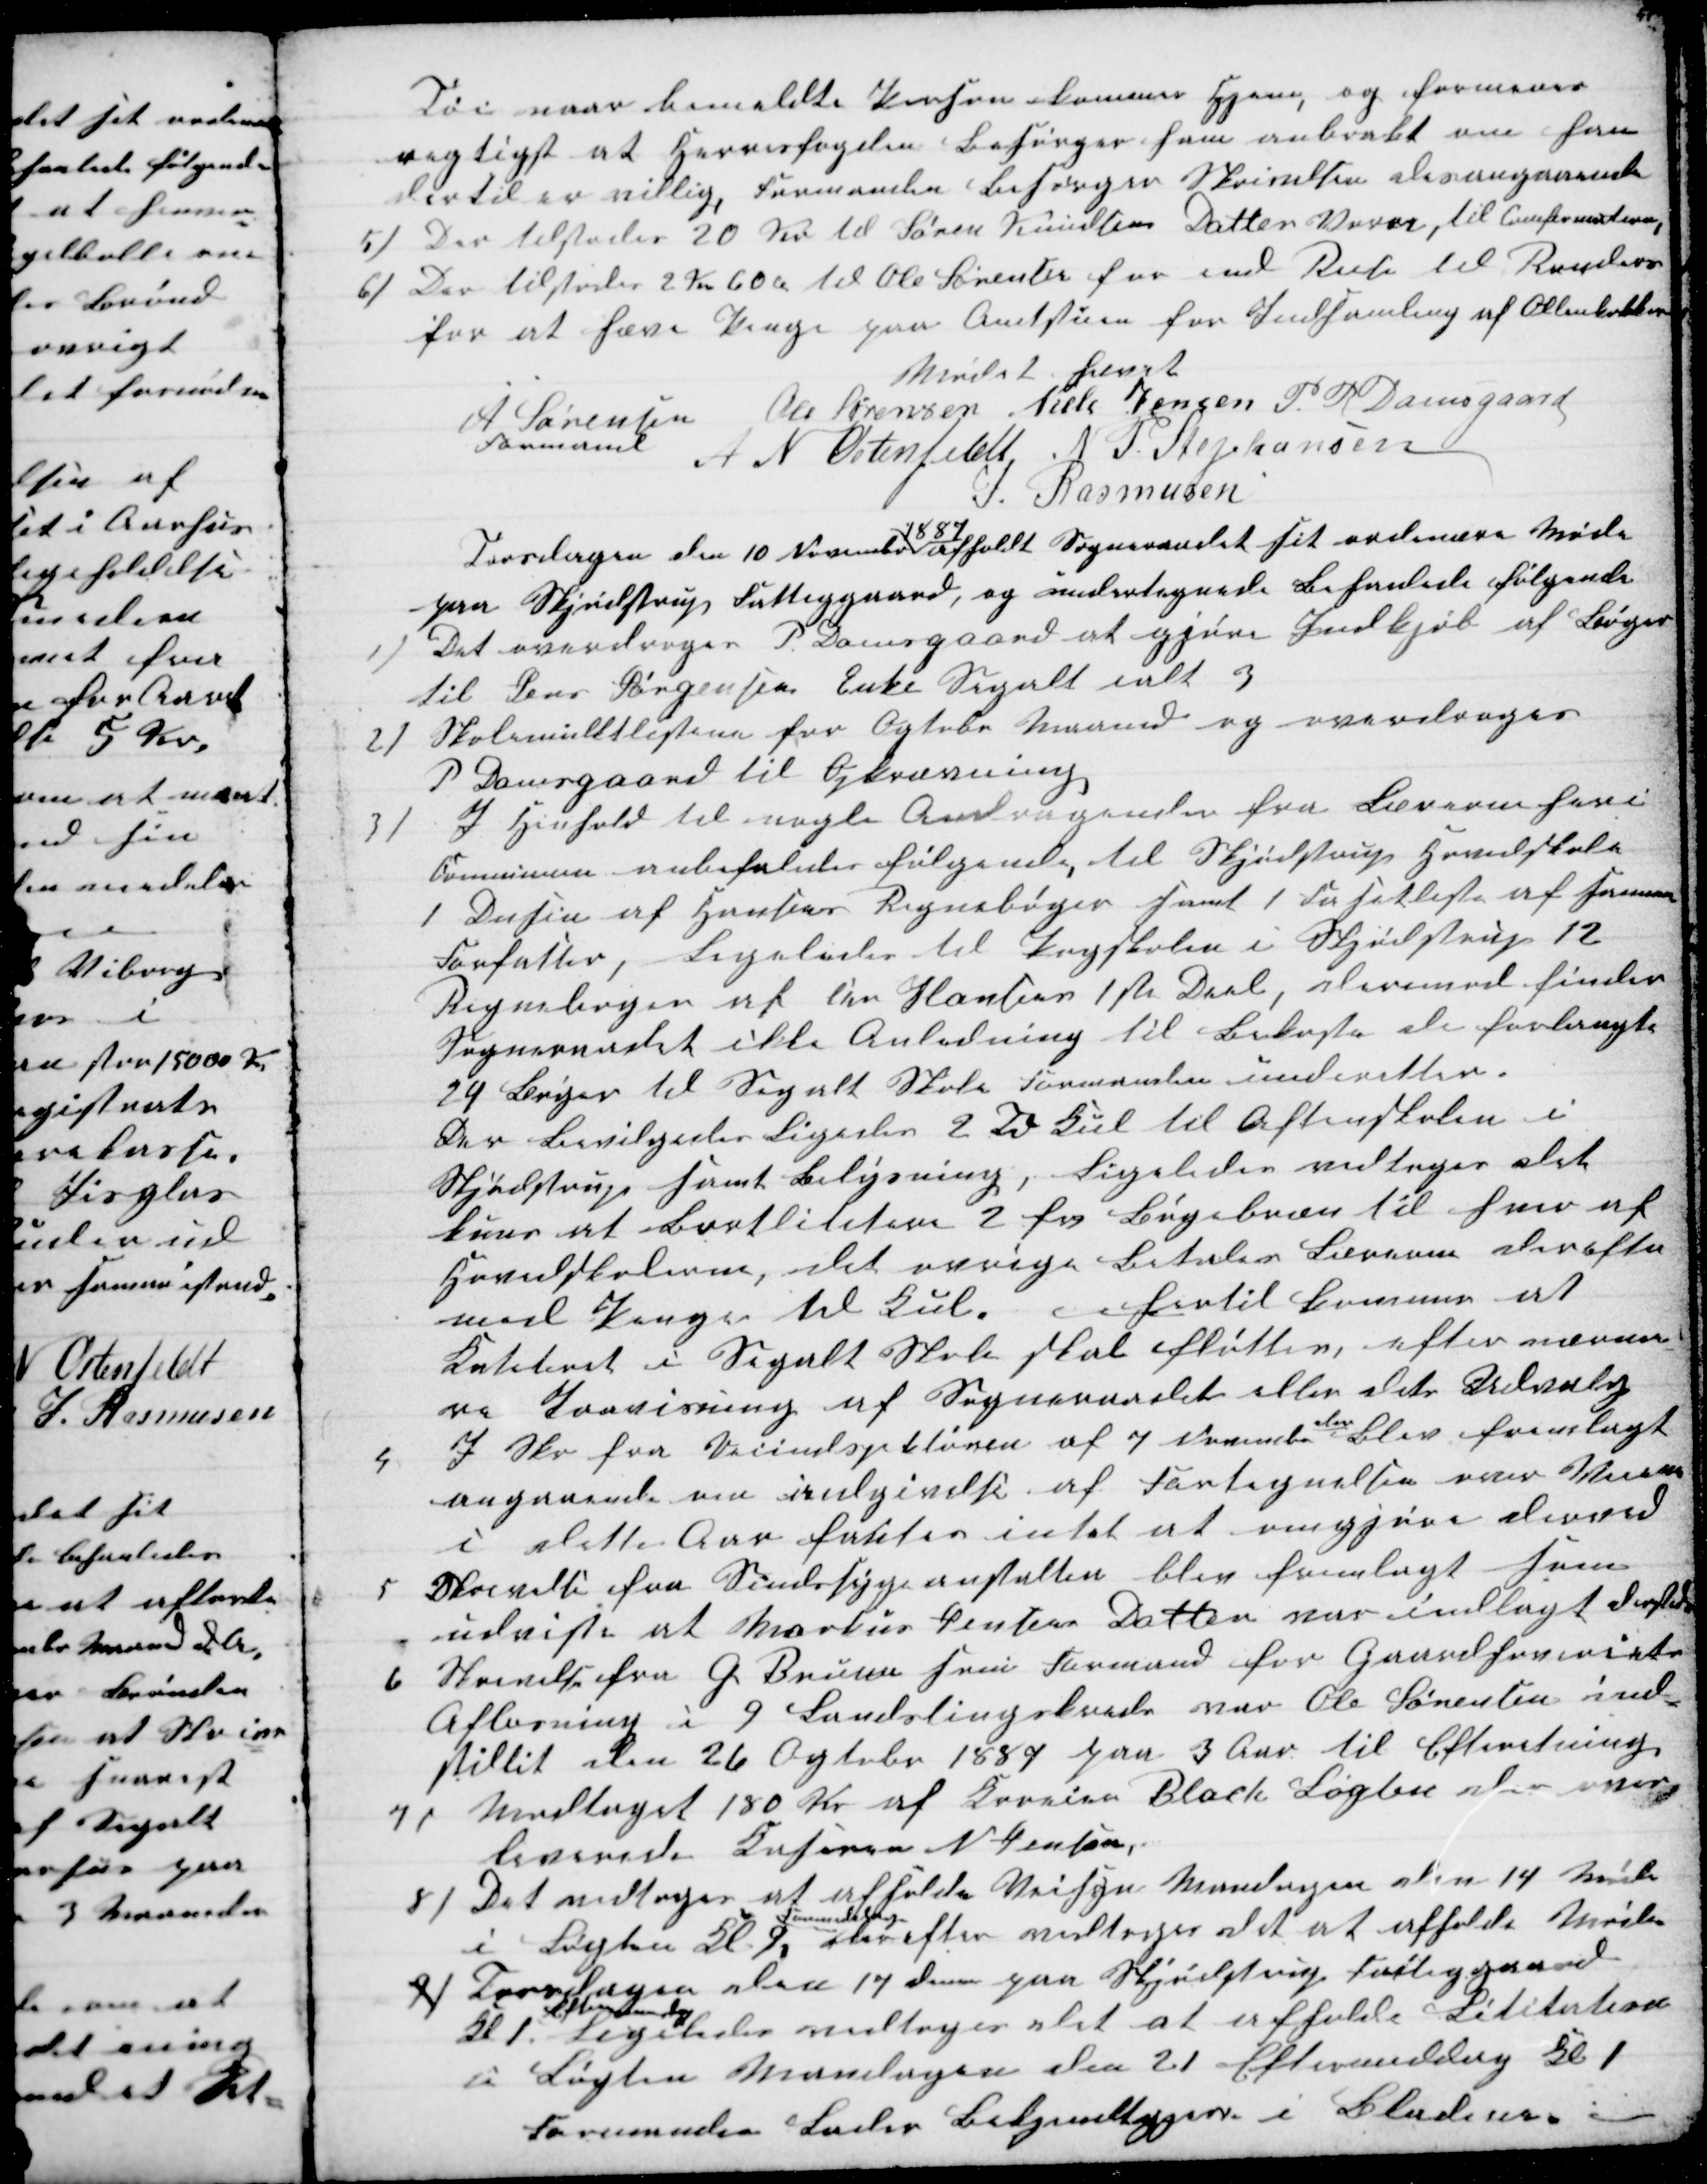
Transskription:
Tøi naar bemeldte Person kommer Hjem, og formener
regtigst at Herresfogden Besørger ham anbrakt om han
dertil er villig, Formanden Besørger Skrivelsen desangaaende
5)
Der tilstodes 20 Kr til Søren Knudsens Datter Vorre, til Comfirmationen
6) Der tilstodes 2 Kr 60 Ø til Ole Sørensen for end Reise til Randers
for at hæve Penge paa Amtstuen for Indsamling af Ollenborrer
Mødet hævet
A Sørensen 
Formand
Ole Sørensen Niels Jensen P. R Damsgaard
A N Ostenfeldt N P. Stephansen
J. Rasmusen
Torsdagen den 10 November 
1887
afholdt Sogneraadet sit ordinære Møde
paa Skjødstrup Fattiggaard, og undertegnede Behanlede følgende
1)
Det overdroges P Damsgaard at gjøre Indkjøb af Bøger
til Jens Jørgensens Enke Segalt ialt 3
2)
Skolemulktlisterne for Ogtobr Maaned og overdroges
P Damsgaard til Opkrævning.
3)
I Henhold til nogle Andragender fra Lærerne heri
Communen anbefaledes følgende, til Skjødstrup Grundskole
1 Dusin af Hansens Regnebøger samt 1 Fasitliste af samme
Forfatter, Ligeledes til Pogskolen i Skjødstrup 12
Regnebøger af Chr Hansen 1ste Deel, derimod finder
Sogneraadet ikke Anledning til Bekoste de forbrugte
24 Bøger til Segalt Skole Formanden underetter.
Der bevilgedes Ligedes 2 Td Kul til Aftenskolen i
Skjødstrup samt Belysning, Ligeledes vedtoges det
kuns at bortlititere 2 fv Bøgebræn til hver af
Grundskolerne, det øvrige Betaler Lærerne derefter
med Penge til Kul. 
hertil kommer at
Kateteret i Segalt Skole skal fløttes, efter nærme-
re Paavisning af Sogneraadet eller dets Udvalg
4
I Skr fra Veiinspektøren af 7 November 
der
blev fremlagt
angaaende om indgivelse af Fortegnelsen over Veiene
i dette Aar fantes intet at omgjøre derved
5
Skrivelse fra Sindssygeanstalten blev fremlagt som
udviste at Markus Jensens Datter var indlagt dersteds
6
Skrivelse fra G. Bruun som Formand for Gaardhoveriets
Afløsning i 9 Landstingskreds var Ole Sørensen ind-
stillet den 26 Ogtobr 1887 paa 3 Aar til Efterretning.
7)
Modtaget 180 Kr af Kroeier Black Løgten der over-
levereds Kaseren N Jensen
8) Det vedtoges at afholde Veisyn Mandagen den 14 Møde
i Løgten Kl 9 
Formiddag
derefter vedtoges det at afholde Møde
9) Torsdagen den 17 dennes paa Skjødstrup Fattiggaard
Kl 1
Eftermiddag
Ligeledes vedtoges det at afholde Lititation
i Løgten Mandagen den 21 Eftermiddag Kl 1
Formanden Lader Bekjendtgjøre i Bladene